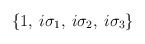
\begin{align*}\left\{ 1,\: i\sigma _{1},\: i\sigma _{2},\: i\sigma _{3}\right\}\end{align*}